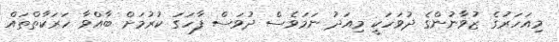
މިއަހަރުގެ ޒުވާނުންގެ ދުވަހަކީ މިއަދު ނަމަވެސް ދުވަސް ފާހަގަ ކުރުމަށް ބާއްވާ ހަރަކާތްތައް